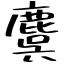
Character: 麌